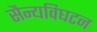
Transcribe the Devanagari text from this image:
सैन्यविघटन